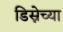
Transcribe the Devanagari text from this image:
डिस्नेच्या